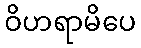
ဝိဟရာမိပေ